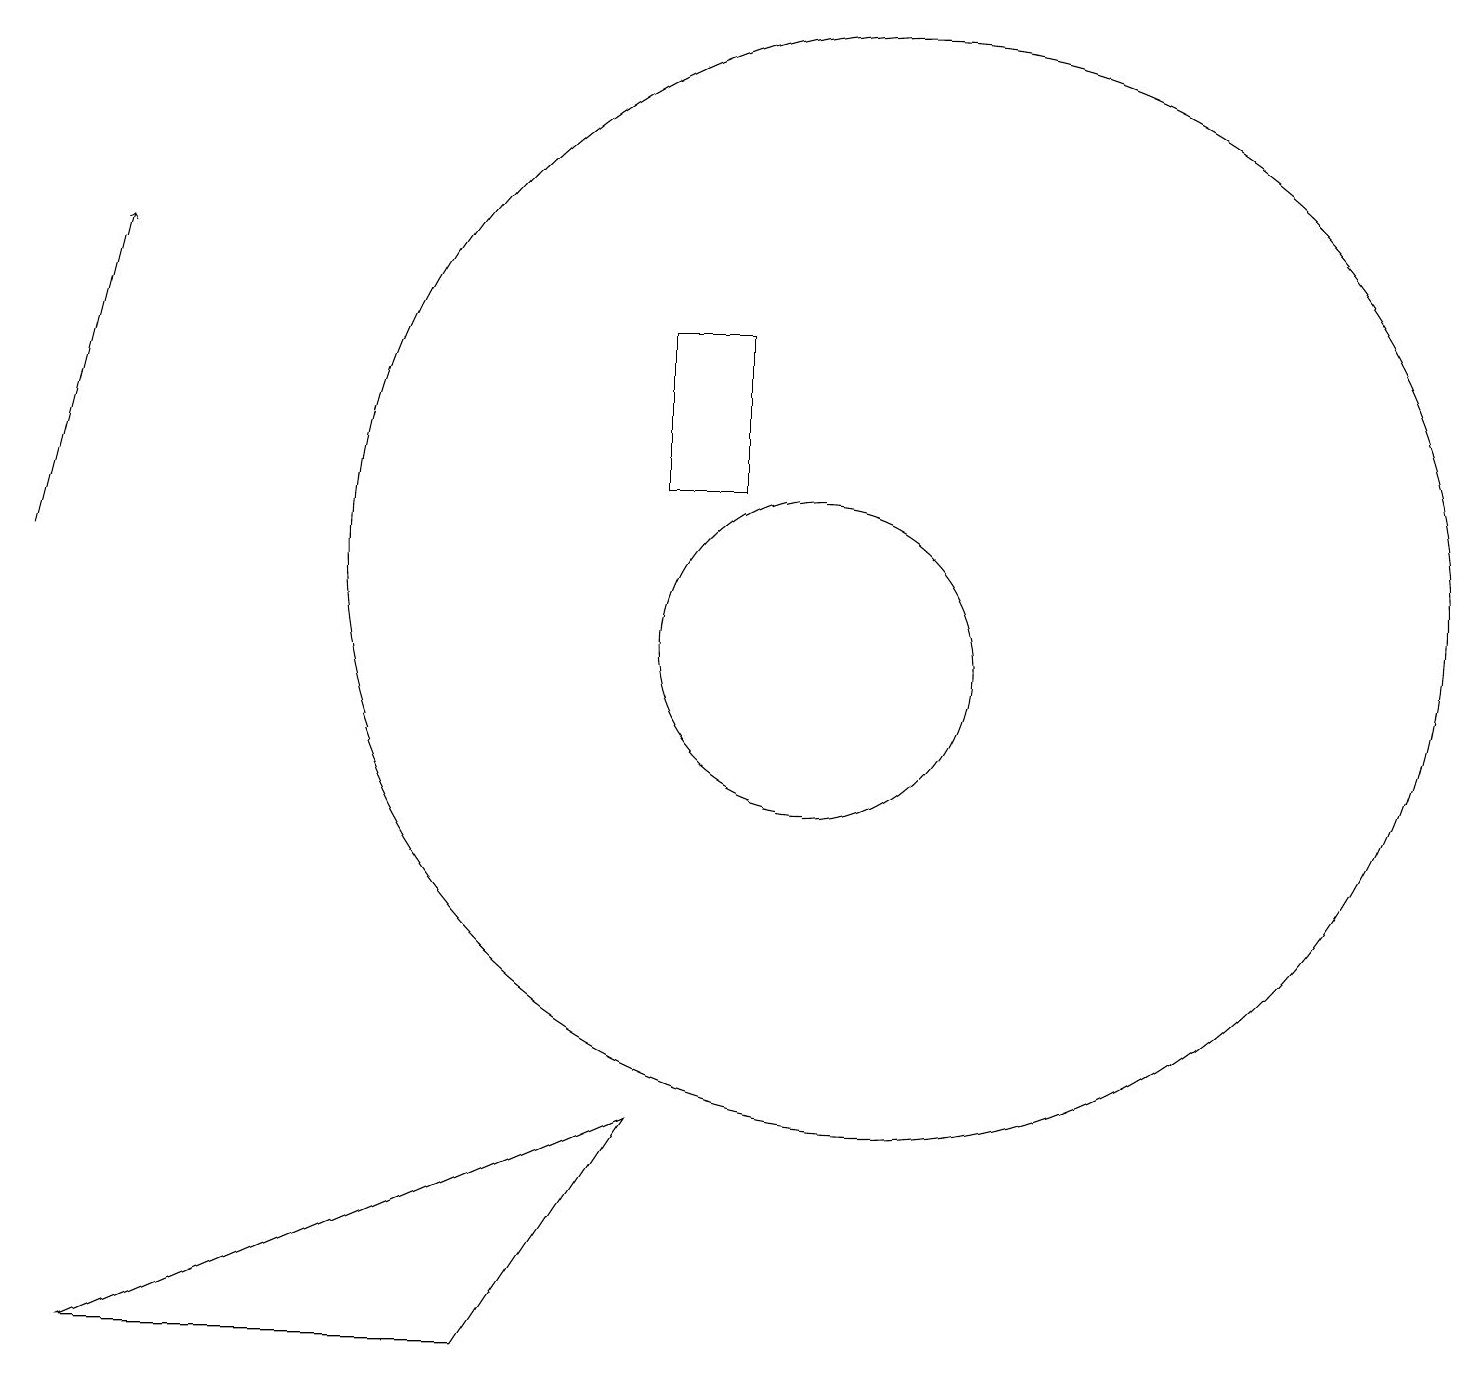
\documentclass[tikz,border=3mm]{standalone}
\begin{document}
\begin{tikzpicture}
\draw[->] (0,12) -- (1,16);
\draw (9,13) rectangle (8,15);
\draw (11,12) circle (7);
\draw (8,5) -- (6,2) -- (1,2) -- cycle;
\draw (10,11) circle (2);
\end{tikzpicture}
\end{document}